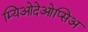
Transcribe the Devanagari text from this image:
म्यिओदेओप्सिअ